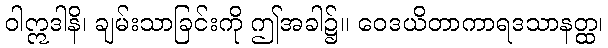
ဝါဣဒါနိ၊ ချမ်းသာခြင်းကို ဤအခါ၌။ ဝေဒယိတာကာရဒသာနတ္ထ၊